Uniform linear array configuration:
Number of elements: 48
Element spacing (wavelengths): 0.5
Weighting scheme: uniform
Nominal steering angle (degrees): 15
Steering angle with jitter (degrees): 16.457
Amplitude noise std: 0.05
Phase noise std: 0.05

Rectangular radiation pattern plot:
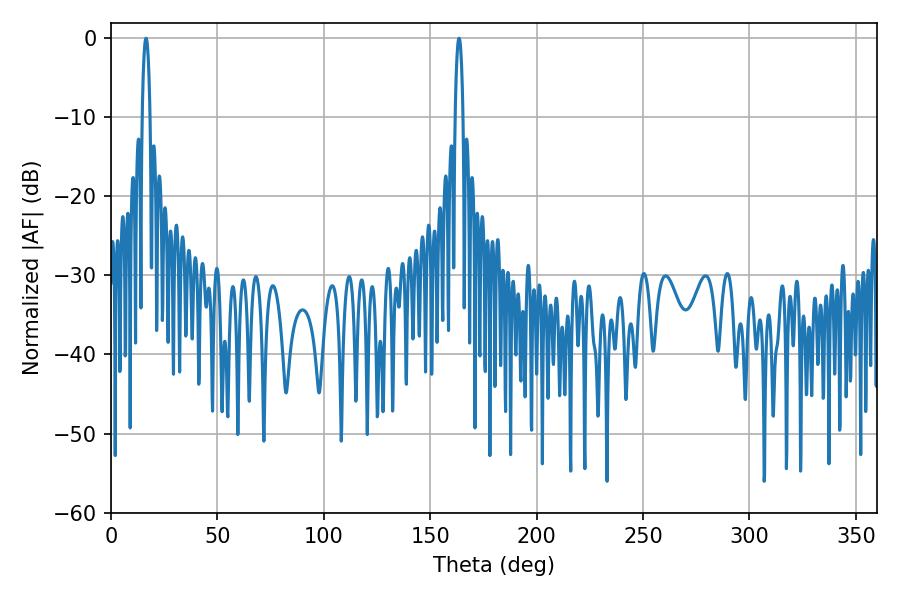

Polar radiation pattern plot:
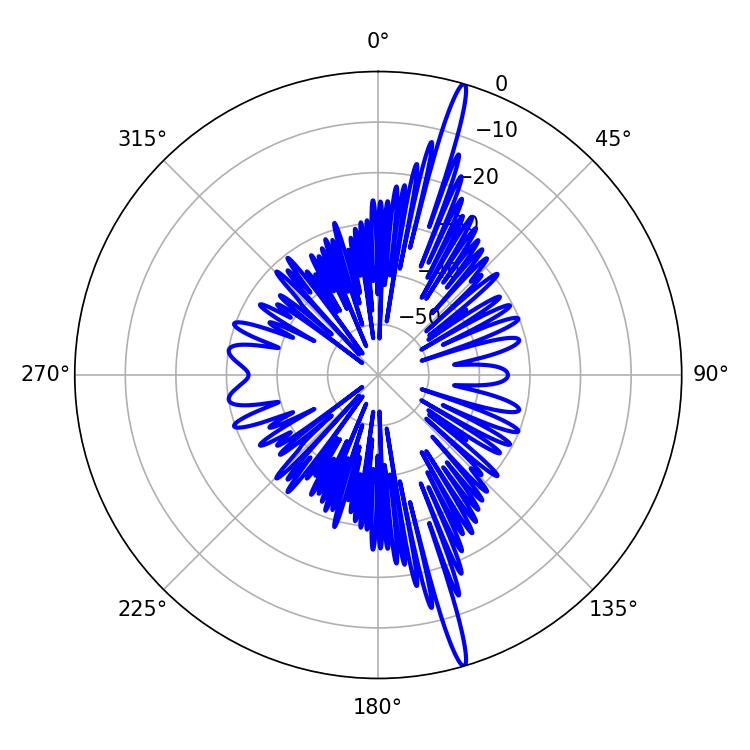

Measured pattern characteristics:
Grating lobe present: FALSE
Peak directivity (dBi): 19.129
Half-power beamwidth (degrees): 1.98
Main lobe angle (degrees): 16.38